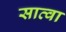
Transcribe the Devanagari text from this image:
सात्वा